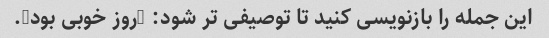
این جمله را بازنویسی کنید تا توصیفی تر شود: "روز خوبی بود".